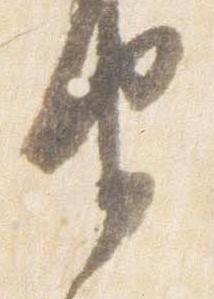
由